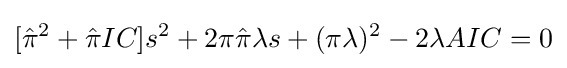
[{\hat {\pi }}^{2}+{\hat {\pi }}IC]s^{2}+2\pi {\hat {\pi }}\lambda s+(\pi \lambda )^{2}-2\lambda AIC=0